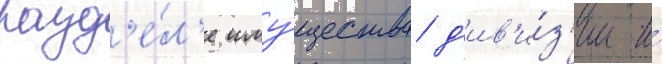
разд'е́л'е иму́щества д'ив'и́з'ии и́